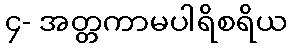
၄- အတ္တကာမပါရိစရိယ